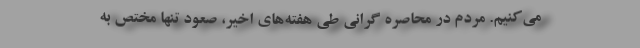
می‌کنیم. مردم در محاصره گرانی طی هفته‌های اخیر، صعود تنها مختص به